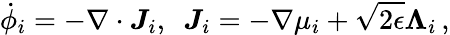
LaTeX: \dot{\phi}_{i}=-\nabla\cdot\boldsymbol{J}_{i},~~\boldsymbol{J}_{i}=-\nabla\mu_{i}+\sqrt{2\epsilon}\boldsymbol{\Lambda}_{i}\, ,